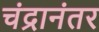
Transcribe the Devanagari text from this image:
चंद्रानंतर